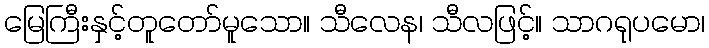
မြေကြီးနှင့်တူတော်မူသော။ သီလေန၊ သီလဖြင့်။ သာဂရုပမော၊